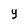
Character: Y